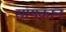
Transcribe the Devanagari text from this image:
सांगकान